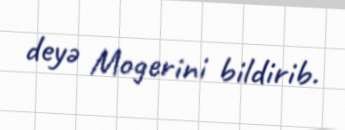
deyə Mogerini bildirib.